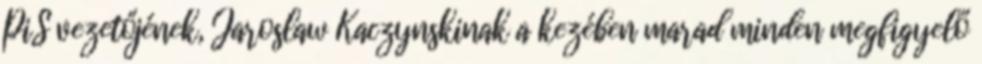
PiS vezetőjének, Jaroslaw Kaczynskinak a kezében marad minden megfigyelő